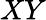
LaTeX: XY